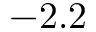
- 2 . 2